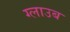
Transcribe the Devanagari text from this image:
ग्लाउब